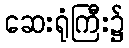
ဆေးရုံကြီး၌